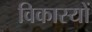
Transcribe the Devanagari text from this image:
विकास्यों